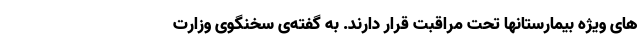
های ویژه بیمارستانها تحت مراقبت قرار دارند. به گفته‌ی سخنگوی وزارت